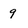
Character: q